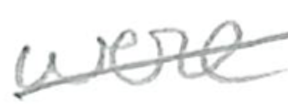
Text: were
Cross-out: diagonal
Writing tool: pencil